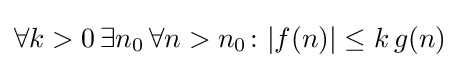
\forall k>0\,\exists n_{0}\,\forall n>n_{0}\colon |f(n)|\leq k\,g(n)